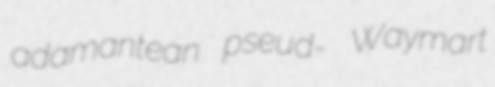
adamantean pseud- Waymart